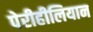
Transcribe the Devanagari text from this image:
पेरीहीलियान